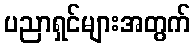
ပညာရှင်များအတွက်